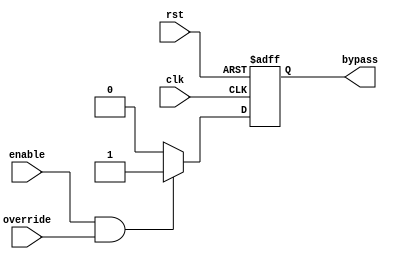
module Fallback_Bypass(
    input wire clk,
    input wire rst,
    input wire enable,
    input wire override,
    output reg bypass
);

always @(posedge clk or posedge rst) begin
    if (rst) begin
        bypass <= 0;
    end else if (enable && override) begin
        bypass <= 1;
    end else begin
        bypass <= 0;
    end
end

endmodule